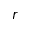
r